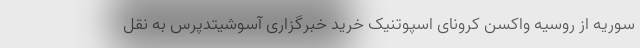
سوریه از روسیه واکسن کرونای اسپوتنیک خرید خبرگزاری آسوشیتدپرس به نقل